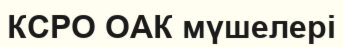
КСРО ОАК мүшелері